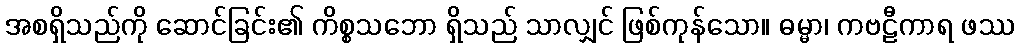
အစရှိသည်ကို ဆောင်ခြင်း၏ ကိစ္စသဘော ရှိသည် သာလျှင် ဖြစ်ကုန်သော။ ဓမ္မာ၊ ကဗဠီကာရ ဖဿ